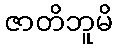
ဇာတိဘူမိ